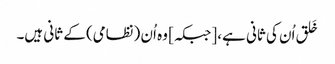
خَلق اُن کی ثانی ہے، [جبکہ] وہ اُن (نظامی) کے ثانی ہیں۔